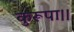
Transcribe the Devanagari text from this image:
कुरूपा।।